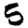
Digit: 5